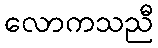
လောကသညီ